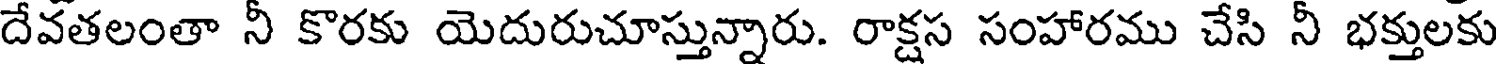
దేవతలంతా నీ కొరకు యెదురుచూస్తున్నారు. రాక్షస సంహారము చేసి నీ భక్తులకు